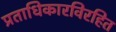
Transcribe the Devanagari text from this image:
प्रताधिकारविरहित